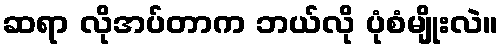
ဆရာ လိုအပ်တာက ဘယ်လို ပုံစံမျိုးလဲ။